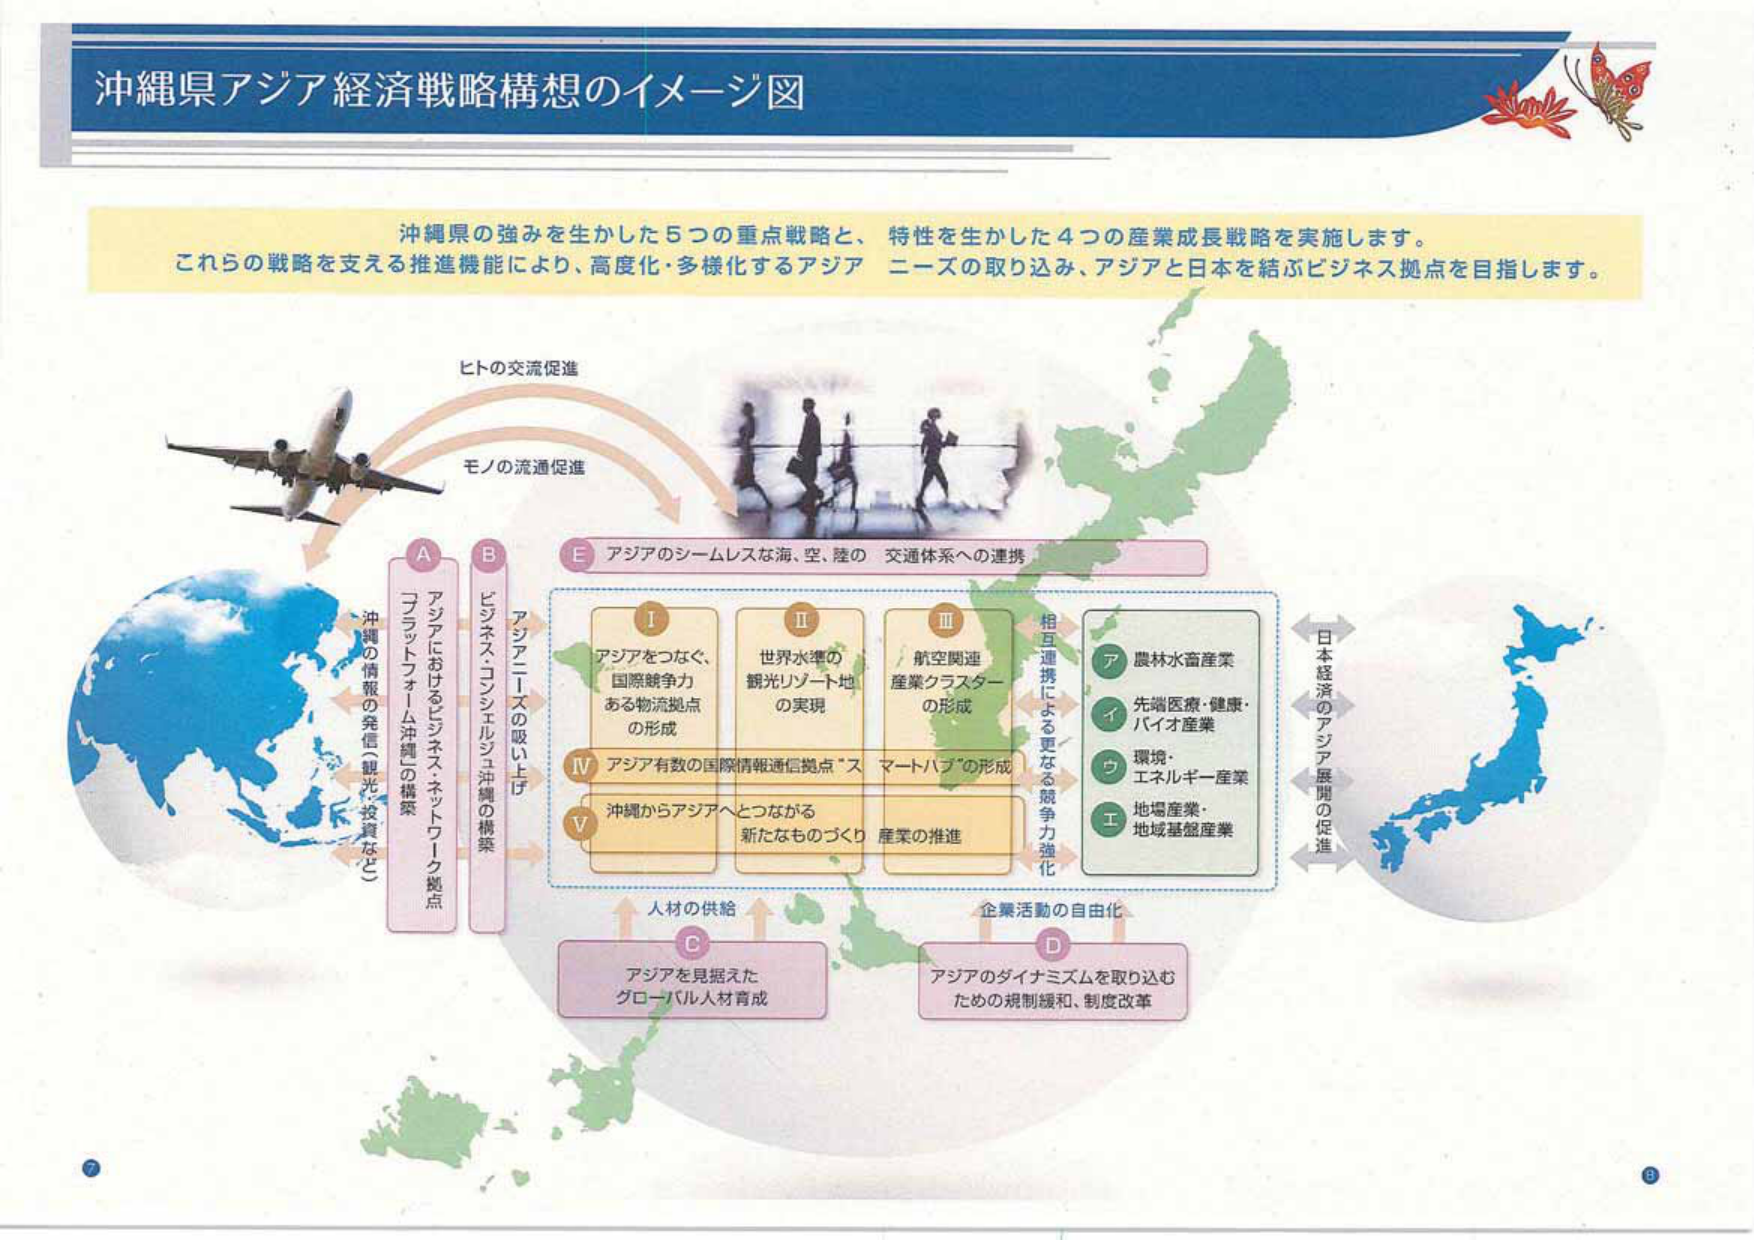
沖縄県アジア経済戦略構想のイメージ図

沖縄県の強みを生かした5つの重点戦略と、特性を生かした4つの産業成長戦略を実施します。
これらの戦略を支える推進機能により、高度化・多様化するアジアニーズの取り込み、アジアと日本を結ぶビジネス拠点を目指します。

ヒトの交流促進
モノの流通促進

A
アジアにおけるビジネス・ネットワーク拠点
「グロットフォーム沖縄」の構築

B
ビジネス・コンシェルジュ沖縄の構築
アジアニーズの吸い上げ

E
アジアのシームレスな海、空、陸の交通体系への連携

Ⅰ
アジアをつなぐ、
国際競争力
ある物流拠点
の形成

Ⅱ
世界水準の
観光リゾート地
の実現

Ⅲ
航空関連
産業クラスター
の形成

Ⅳ
アジア有数の国際情報通信拠点“スマートハブ”の形成

Ⅴ
沖縄からアジアへとつながる
新たなものづくり産業の推進

相互連携による更なる競争力強化

ア 農林水産産業
イ 先端医療・健康・バイオ産業
ウ 環境・エネルギー産業
エ 地場産業・地域基盤産業

沖縄の情報の発信（観光・投資など）

C
アジアを見据えた
グローバル人材育成

D
アジアのダイナミズムを取り込む
ための規制緩和、制度改革

人材の供給
企業活動の自由化

日本経済のアジア展開の促進

7
8